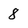
Character: 8